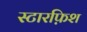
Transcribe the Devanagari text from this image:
स्टारफ़िश